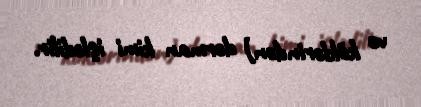
və köklərindən) dərman kimi işlədilir.